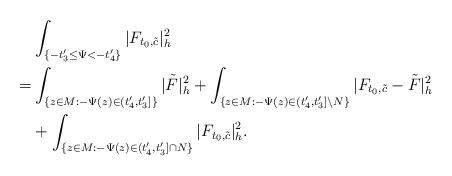
LaTeX: \begin{align*}&\int_{ \{-t'_3\le\Psi<-t'_4\}}|F_{t_0,\tilde{c}}|^2_h\\= & \int_{\{z\in M:-\Psi(z)\in (t'_4,t'_3]\}}|\tilde F|^2_h+\int_{\{z\in M:-\Psi(z)\in (t'_4,t'_3]\backslash N\}}|F_{t_0,\tilde{c}}-\tilde F|^2_h\\&+\int_{ \{z\in M: -\Psi(z)\in(t'_4,t'_3]\cap N\}}|F_{t_0,\tilde{c}}|^2_h.\end{align*}